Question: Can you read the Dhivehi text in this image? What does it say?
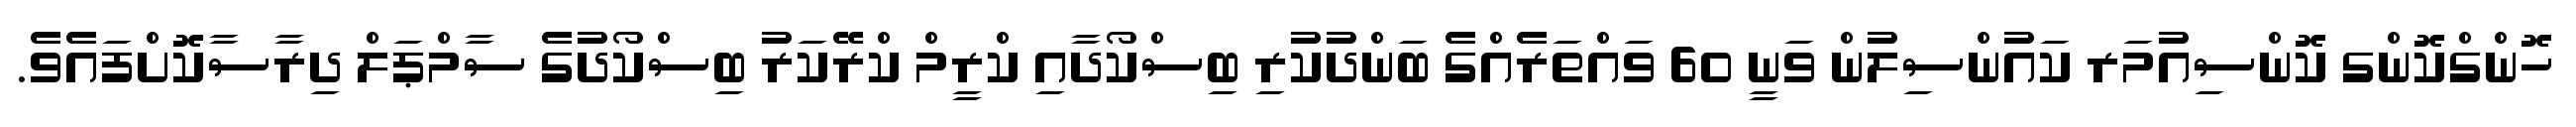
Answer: ހޮންގްކޮންގ ކޮންސިއުމަރ ކައުންސިލުން ވަނީ 60 ވައްތަރެއްގެ ބަންދުކުރި ބިސްކޯދާއި ކްރީމް ކްރޭކަރު ބިސްކޯދުގެ ސާމްޕަލް ދިރާސާކޮށްފައެވެ.